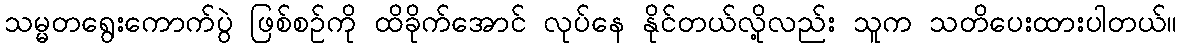
သမ္မတရွေးကောက်ပွဲ ဖြစ်စဉ်ကို ထိခိုက်အောင် လုပ်နေ နိုင်တယ်လို့လည်း သူက သတိပေးထားပါတယ်။